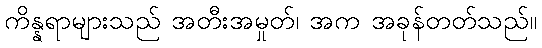
ကိန္နရာများသည် အတီးအမှုတ်၊ အက အခုန်တတ်သည်။